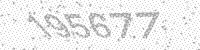
Solution: 195677